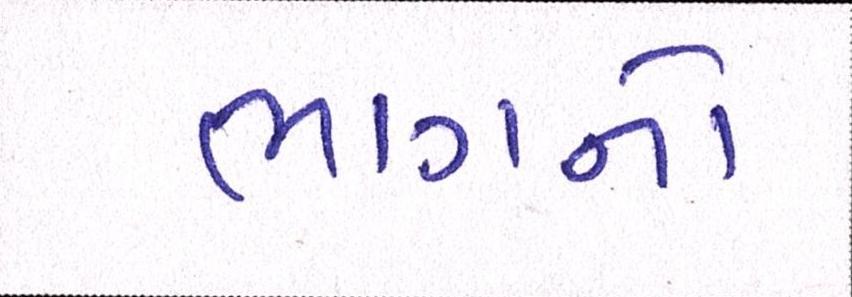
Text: ભાગનો